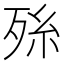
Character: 𭮑